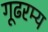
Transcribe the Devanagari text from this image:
गूढरम्य